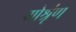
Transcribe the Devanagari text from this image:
गोश्रृंण